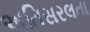
અતિસરલતા